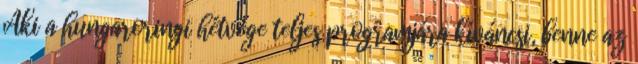
Aki a hungaroringi hétvége teljes programjára kíváncsi, benne az